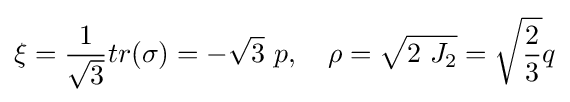
\xi ={\frac {1}{\sqrt {3}}}tr(\sigma )=-{\sqrt {3}}~p,\quad \rho ={\sqrt {2~J_{2}}}={\sqrt {\frac {2}{3}}}q